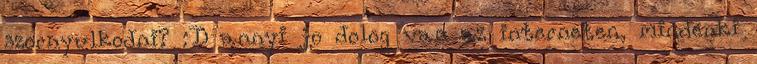
szornyulkodni? :D annyi jo dolog van az interneten, mindenki